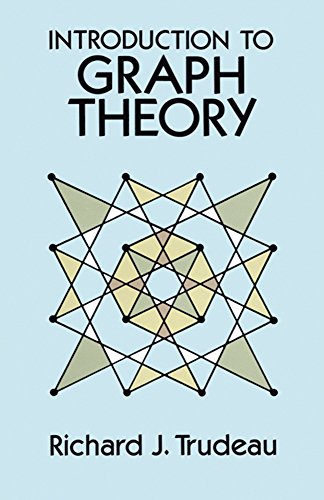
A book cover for Introduction to Graph Theory (Dover Books on Mathematics); Richard J. Trudeau; Science & Math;